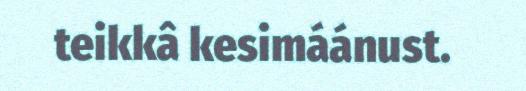
teikkâ kesimáánust.